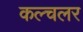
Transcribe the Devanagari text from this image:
कल्चलर